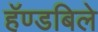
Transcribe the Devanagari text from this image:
हॅण्डबिले